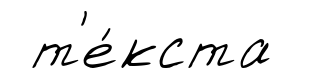
т'е́кста